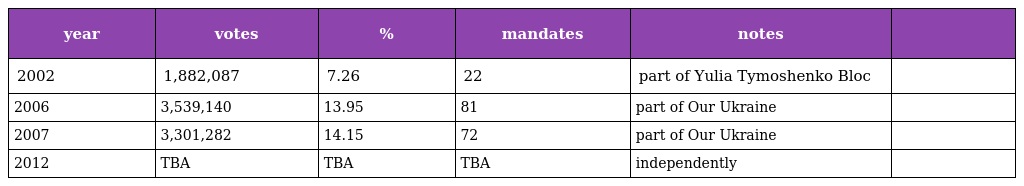
| year | votes | % | mandates | notes |  |
 | --- | --- | --- | --- | --- | --- |
 | 2002 | 1,882,087 | 7.26 | 22 | part of Yulia Tymoshenko Bloc |  |
 | 2006 | 3,539,140 | 13.95 | 81 | part of Our Ukraine |  |
 | 2007 | 3,301,282 | 14.15 | 72 | part of Our Ukraine |  |
 | 2012 | TBA | TBA | TBA | independently |  |